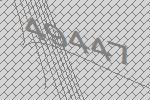
49447